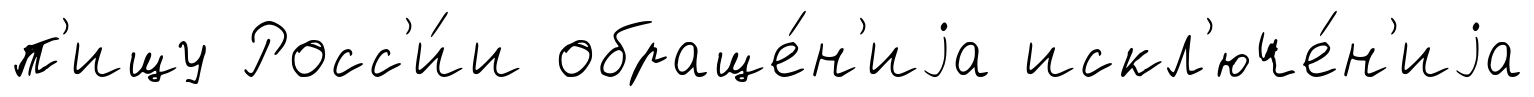
п'ищу Росс'и́и обраще́н'иjа искл'юче́н'иjа